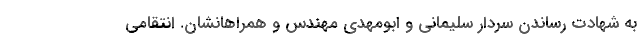
به شهادت رساندن سردار سلیمانی و ابومهدی مهندس و همراهانشان. انتقامی